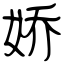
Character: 娇